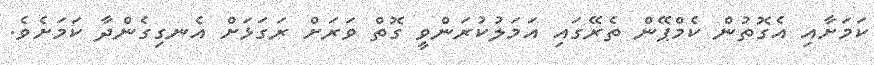
ކަމަށާއި އެގޮތުން ކެމްޕޭން ތެރޭގައި އަމަލުކުރަންވީ ގޮތް ވަރަށް ރަގަޅަށް އެނގިގެންދާ ކަމަށެވެ.